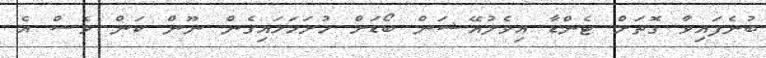
ބުނެފައިވާ ގޮތަށް ޓެންޑާ އިވެލުއޭޝަން ބޯޑަށް ހުށަހަޅައިގެން ނޫން ކަން ވެސް އެ